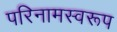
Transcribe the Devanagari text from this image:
परिनामस्वरूप